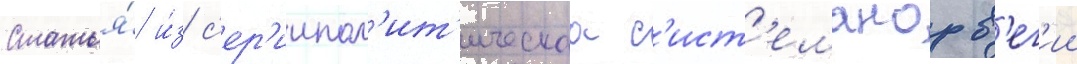
Статья́ и́з с'ер'иипол'ит'ическаа с'ист'еманорв'ег'ии